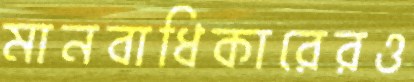
মানবাধিকারেরও